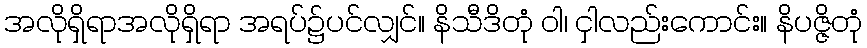
အလိုရှိရာအလိုရှိရာ အရပ်၌ပင်လျှင်။ နိသီဒိတုံ ဝါ၊ ငှါလည်းကောင်း။ နိပဇ္ဇိတုံ